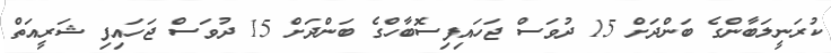
ކުރަނީލަބާންގެ ބަންދަށް 15 ދުވަސް ޖަހައިފިސޮބާހްގެ ބަންދަށް 15 ދުވަސް ޖަހައިފި ޝަރީއަތް